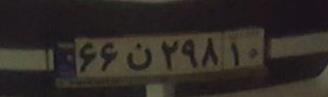
۶۶ن۲۹۸۱۰